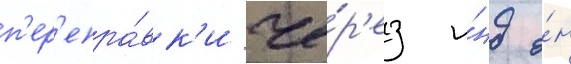
п'ер'епра́вк'и че́р'ез и́нд о́н